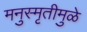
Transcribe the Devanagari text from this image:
मनुस्मृतीमुळे